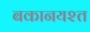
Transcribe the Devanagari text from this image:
बकानयश्त